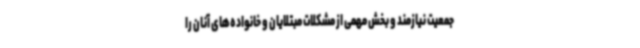
جمعیت نیازمند و بخش مهمی از مشکلات مبتلایان و خانواده‌های آنان را